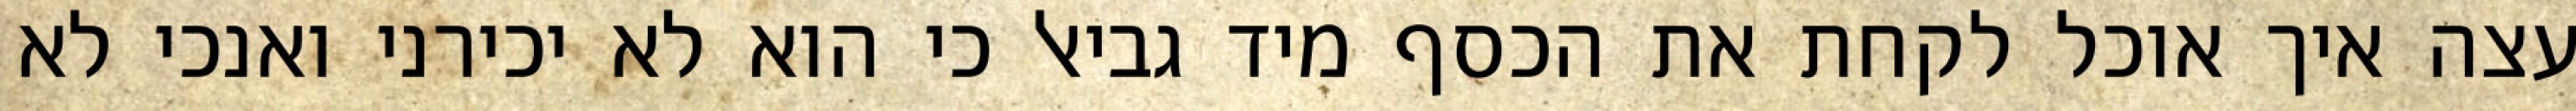
עצה איך אוכל לקחת את הכסף מיד גביאל כי הוא לא יכירני ואנכי לא